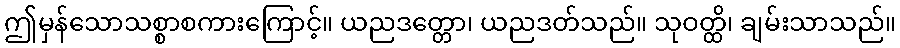
ဤမှန်သောသစ္စာစကားကြောင့်။ ယညဒတ္တော၊ ယညဒတ်သည်။ သုဝတ္ထိ၊ ချမ်းသာသည်။